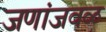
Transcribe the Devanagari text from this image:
जणांजवळ